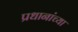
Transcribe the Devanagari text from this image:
प्रधानांच्या